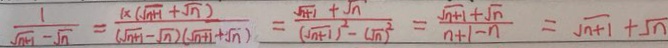
\frac { 1 } { \sqrt { n + 1 } - \sqrt { n } } = \frac { ( x ( \sqrt { n + 1 } + \sqrt { n } ) } { ( \sqrt { n + 1 } - \sqrt { n } ) ( \sqrt { n + 1 } + \sqrt { n } ) } = \frac { \sqrt { n + 1 } + \sqrt { n } } { ( \sqrt { n + 1 } ) ^ { 2 } - ( \sqrt { n } ) ^ { 2 } } = \frac { \sqrt { n + 1 } + \sqrt { n } } { n + 1 - n } = \sqrt { n + 1 } + \sqrt { n }